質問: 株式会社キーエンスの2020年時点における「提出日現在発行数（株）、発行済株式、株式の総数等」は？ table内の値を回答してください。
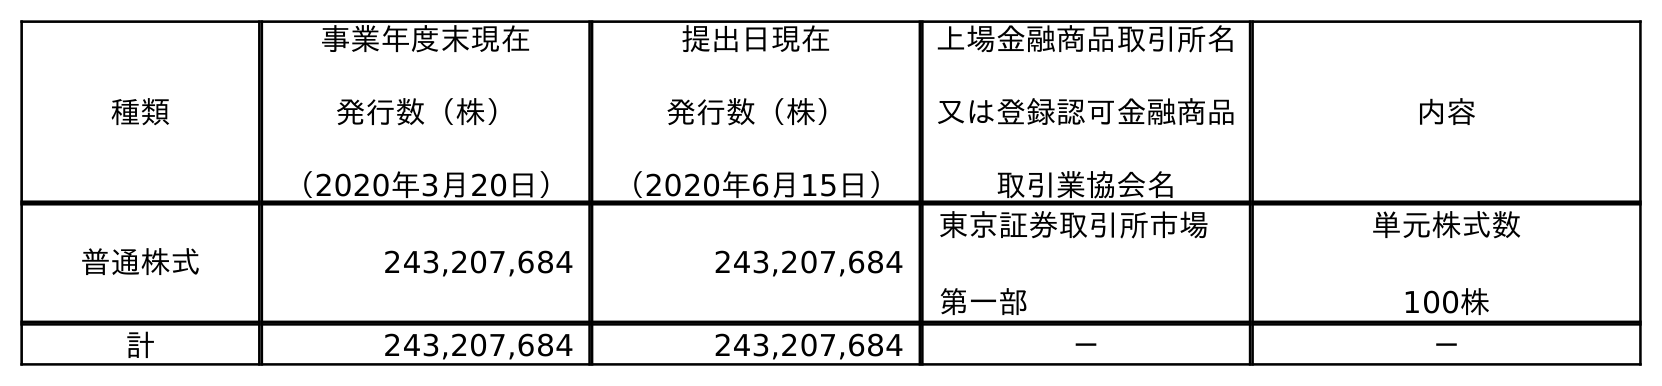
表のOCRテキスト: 種類 事業年度末現在 発行数（株） （2020年3月20日） 提出日現在 発行数（株） （2020年6月15日） 上場金融商品取引所名 又は登録認可金融商品 取引業協会名 内容 普通株式 243,207,684 243,207,684 東京証券取引所市場 第一部 単元株式数 100株 計 243,207,684 243,207,684 － －
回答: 243,207,684